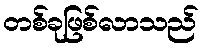
တစ်ခုဖြစ်လာသည်